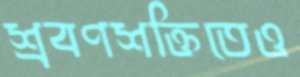
শ্রবণশক্তিতেও